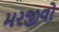
મરજીવો